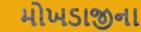
મોખડાજીના